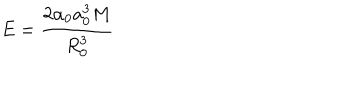
LaTeX: E = \frac { 2 \alpha _ { 0 } a _ { 0 } ^ { 3 } M } { R _ { 0 } ^ { 3 } }